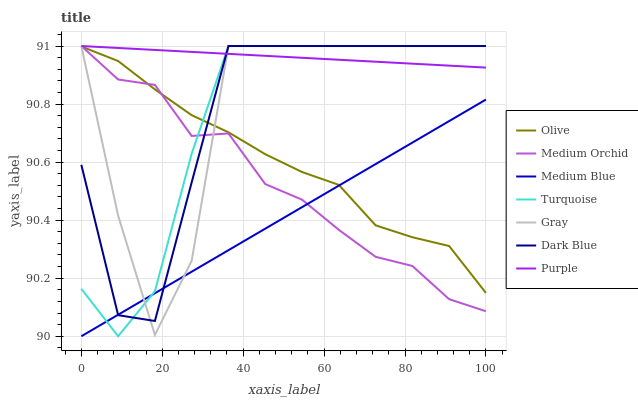
| xaxis_label | Olive | Medium Orchid | Medium Blue | Turquoise | Gray | Dark Blue | Purple |
 | --- | --- | --- | --- | --- | --- | --- | --- |
 | 0 | 91 | 91 | 90 | 90.2 | 91 | 90.6 | 91 |
 | 9.09 | 90.9 | 90.9 | 90.1 | 90 | 90.4 | 90.1 | 91 |
 | 18.2 | 90.9 | 90.9 | 90.1 | 90.2 | 90 | 90.1 | 91 |
 | 27.3 | 90.8 | 90.7 | 90.2 | 90.6 | 90.3 | 90.5 | 91 |
 | 36.4 | 90.7 | 90.7 | 90.3 | 91 | 91 | 91 | 91 |
 | 45.5 | 90.6 | 90.5 | 90.4 | 91 | 91 | 91 | 91 |
 | 54.5 | 90.6 | 90.5 | 90.4 | 91 | 91 | 91 | 91 |
 | 63.6 | 90.5 | 90.4 | 90.5 | 91 | 91 | 91 | 91 |
 | 72.7 | 90.4 | 90.3 | 90.6 | 91 | 91 | 91 | 90.9 |
 | 81.8 | 90.3 | 90.2 | 90.7 | 91 | 91 | 91 | 90.9 |
 | 90.9 | 90.3 | 90.1 | 90.7 | 91 | 91 | 91 | 90.9 |
 | 100 | 90.1 | 90.1 | 90.8 | 91 | 91 | 91 | 90.9 |